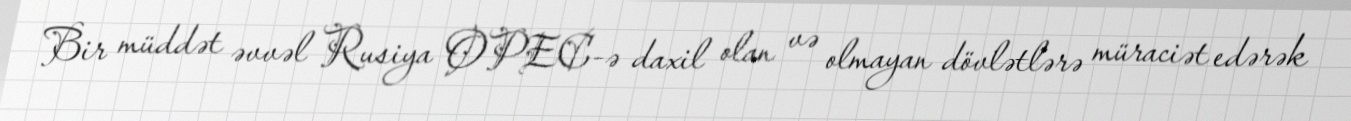
Bir müddət əvvəl Rusiya OPEC-ə daxil olan və olmayan dövlətlərə müraciət edərək